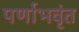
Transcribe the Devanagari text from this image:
पर्णाभवृंत